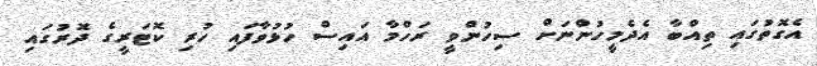
އެގޮތުގައި ތިއްބާ އެދެމީހުންނަށް ސިހުންވީ ރަހްމާ އައިސް ހުޅުވާފައި ހުރި ކޮޓަރީގެ ދޮރުގައި